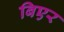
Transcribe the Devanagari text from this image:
बिएर